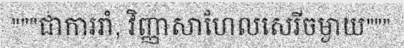
"""ជាការរាំ, វិញ្ញាសាហែលសេរីចម្ងាយ"""